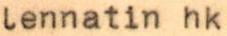
lennatin hk